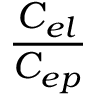
\frac { C _ { e l } } { C _ { e p } }